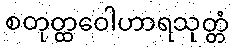
စတုတ္ထဝေါဟာရသုတ္တံ